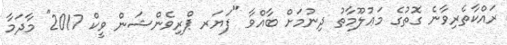
ރައްކާތެރިވާނެ ގޮތުގެ މަޢުލޫމާތު ދިނުމަށް ބާއްވާ "ފަޔަރ ޕްރިވެންޝަން ވީކް 2017" މާދަމާ